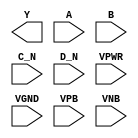
module sky130_fd_sc_hdll__nor4bb (
    Y   ,
    A   ,
    B   ,
    C_N ,
    D_N ,
    VPWR,
    VGND,
    VPB ,
    VNB
);

    output Y   ;
    input  A   ;
    input  B   ;
    input  C_N ;
    input  D_N ;
    input  VPWR;
    input  VGND;
    input  VPB ;
    input  VNB ;
endmodule